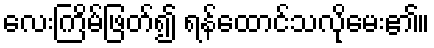
လေးကြိမ်ဖြတ်၍ ရန်ထောင်သလိုမေး၏။